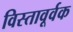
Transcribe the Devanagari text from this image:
विस्तावूर्वक